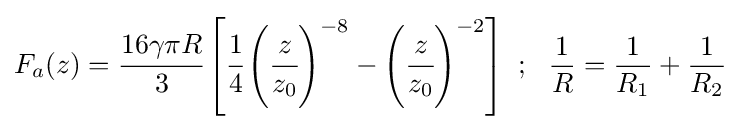
F_{a}(z)={\cfrac {16\gamma \pi R}{3}}\left[{\cfrac {1}{4}}\left({\cfrac {z}{z_{0}}}\right)^{-8}-\left({\cfrac {z}{z_{0}}}\right)^{-2}\right]~;~~{\frac {1}{R}}={\frac {1}{R_{1}}}+{\frac {1}{R_{2}}}